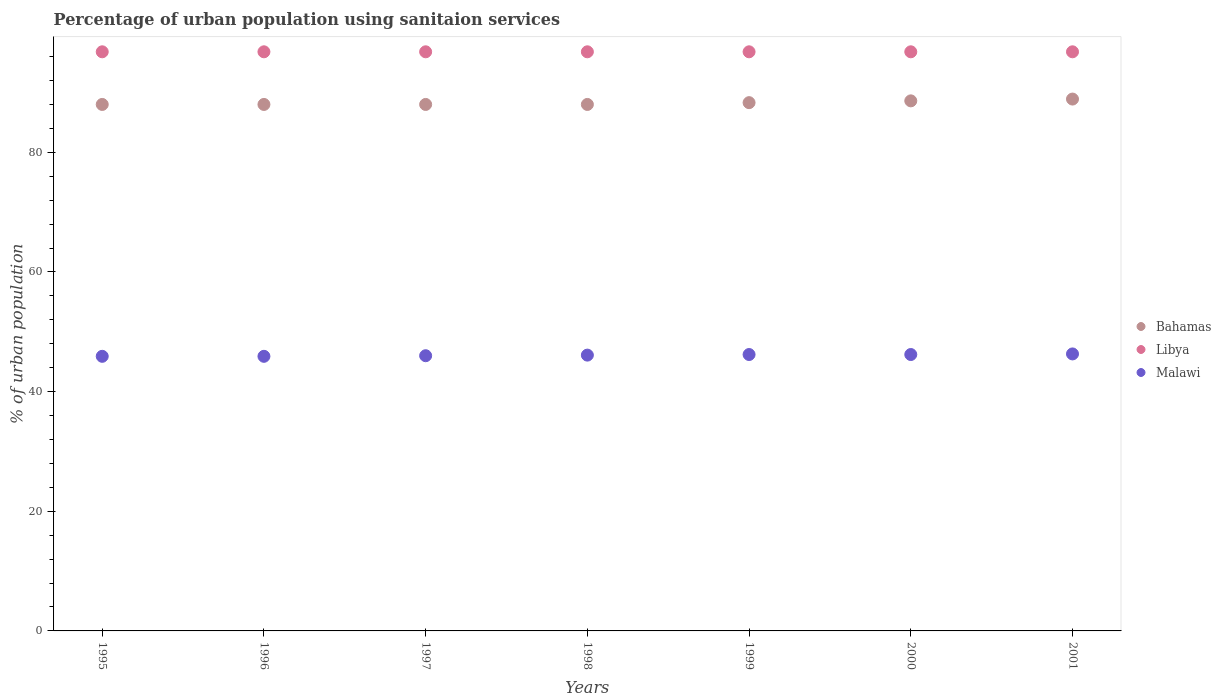
| Years | Bahamas | Libya | Malawi |
 | --- | --- | --- | --- |
 | 1995 | 88 | 96.8 | 45.9 |
 | 1996 | 88 | 96.8 | 45.9 |
 | 1997 | 88 | 96.8 | 46 |
 | 1998 | 88 | 96.8 | 46.1 |
 | 1999 | 88.3 | 96.8 | 46.2 |
 | 2000 | 88.6 | 96.8 | 46.2 |
 | 2001 | 88.9 | 96.8 | 46.3 |